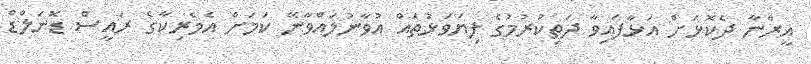
އީރާނާ ދެކޮޅަށް އަޅާފައިވާ ދަތިކުރުމުގެ ފިޔަވަޅުތައް އުވާނުލައްވާނޭ ކަމަށް އެމެރިކާގެ ރައީސް ޑޮނަލްޑް